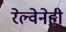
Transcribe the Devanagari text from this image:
रेल्वेनेही